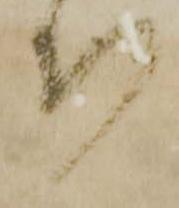
ち